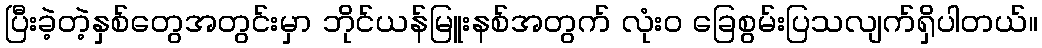
ပြီးခဲ့တဲ့နှစ်တွေအတွင်းမှာ ဘိုင်ယန်မြူးနစ်အတွက် လုံးဝ ခြေစွမ်းပြသလျက်ရှိပါတယ်။